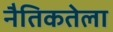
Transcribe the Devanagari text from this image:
नैतिकतेला